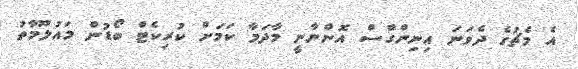
އެ މެޗުގެ ދެވަނަ އިނިންގްސް އޮންނާނީ މާދަމާ ކަމަށް ކުރިކެޓް ބޯޑުން މައުލޫމާތު